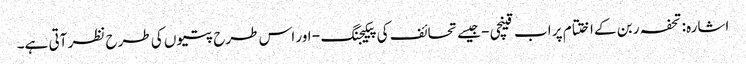
اشارہ: تحفہ ربن کے اختتام پر اب قینچی - جیسے تحائف کی پیکیجنگ - اور اس طرح پتیوں کی طرح نظر آتی ہے۔